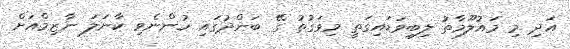
އަދި މި މައުލޫމާތު ލިބިވަޑައިގަތީ މިވަގުތު ގޭ ބަންދުގައި ހުންނެވި ކާނަލަ ނާޒިމްއަށް